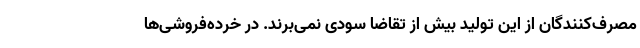
مصرف‌کنندگان از این تولید بیش از تقاضا سودی نمی‌برند. در خرده‌فروشی‌ها